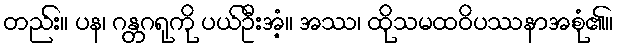
တည်း။ ပန၊ ဂန္တဂရုကို ပယ်ဦးအံ့။ အဿ၊ ထိုသမထဝိပဿနာအစုံ၏။